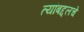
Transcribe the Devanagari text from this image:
त्यांबद्दलचे